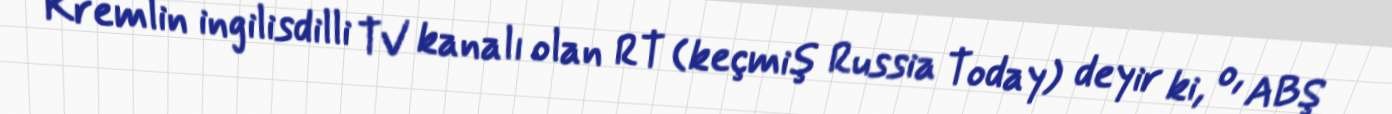
Kremlin ingilisdilli TV kanalı olan RT (keçmiş Russia Today) deyir ki, o, ABŞ